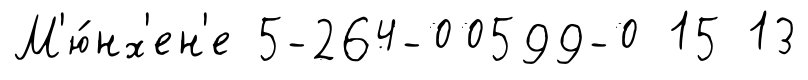
М'ю́нх'ен'е 5-264-00599-0 15 13